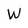
Character: W